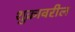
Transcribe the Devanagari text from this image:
शुक्रावरील